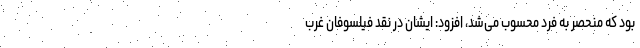
بود که منحصر به فرد محسوب می‌شد، افزود: ایشان در نقد فیلسوفان غرب